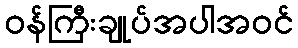
ဝန်ကြီးချုပ်အပါအဝင်